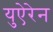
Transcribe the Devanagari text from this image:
युऐरेन